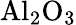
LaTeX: \mathrm{{Al}_{2}\mathrm{{O}_{3}}}